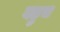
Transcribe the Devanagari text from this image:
बहुच